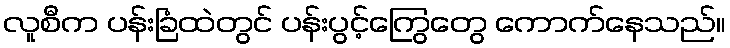
လူစီက ပန်းခြံထဲတွင် ပန်းပွင့်ကြွေတွေ ကောက်နေသည်။